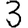
Digit: 3